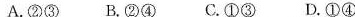
A.②③B.②④C.①③D.①④